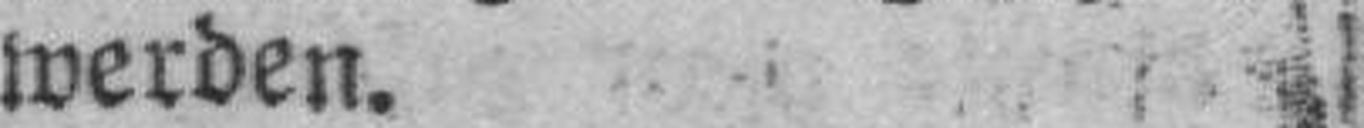
werden.